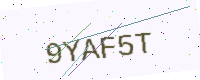
Text: 9YAF5T